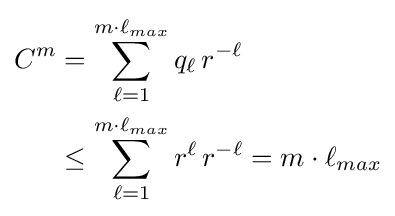
{\begin{aligned}C^{m}&=\sum _{\ell =1}^{m\cdot \ell _{max}}q_{\ell }\,r^{-\ell }\\&\leq \sum _{\ell =1}^{m\cdot \ell _{max}}r^{\ell }\,r^{-\ell }=m\cdot \ell _{max}\end{aligned}}